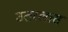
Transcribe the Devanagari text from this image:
उतरलास